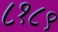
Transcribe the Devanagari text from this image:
८१८९